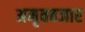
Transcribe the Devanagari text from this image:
अमृतबजार